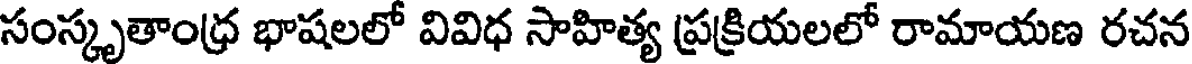
సంస్కృతాంధ్ర భాషలలో వివిధ సాహిత్య ప్రక్రియలలో రామాయణ రచన